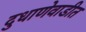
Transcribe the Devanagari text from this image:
दुधाणेवाडीत